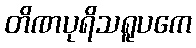
တိဏပုရိသရူပကေ